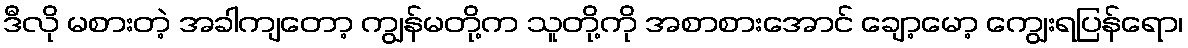
ဒီလို မစားတဲ့ အခါကျတော့ ကျွန်မတို့က သူတို့ကို အစာစားအောင် ချော့မော့ ကျွေးရပြန်ရော၊